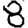
Digit: 8